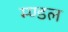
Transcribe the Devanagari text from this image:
म्ण्डल